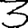
Digit: 3